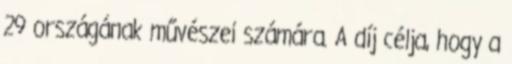
29 országának művészei számára. A díj célja, hogy a